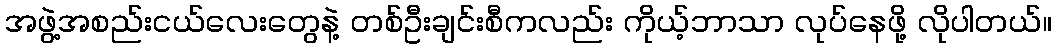
အဖွဲ့အစည်းငယ်လေးတွေနဲ့ တစ်ဦးချင်းစီကလည်း ကိုယ့်ဘာသာ လုပ်နေဖို့ လိုပါတယ်။